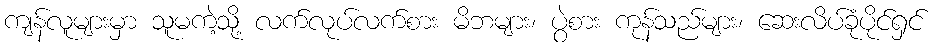
ကျန်လူများမှာ သူမကဲ့သို့ လက်လုပ်လက်စား မိဘများ၊ ပွဲစား ကုန်သည်များ၊ ဆေးလိပ်ခုံပိုင်ရှင်